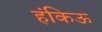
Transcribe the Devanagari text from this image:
हंकिऊ